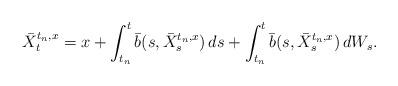
LaTeX: \begin{align*}\bar{X}_{t}^{t_n,x} = x + \int_{t_n}^{t}\bar{b}(s,\bar{X}_{s}^{t_n,x})\,ds+\int_{t_n}^{t}\bar{b}(s,\bar{X}_{s}^{t_n,x})\,dW_s.\end{align*}